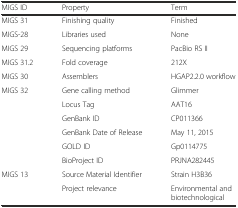
| MIGS ID | Property | Term |
 | --- | --- | --- |
 | MIGS 31 | Finishing quality | Finished |
 | MIGS-28 | Libraries used | None |
 | MIGS 29 | Sequencing platforms | PacBio RS II |
 | MIGS 31.2 | Fold coverage | 212X |
 | MIGS 30 | Assemblers | HGAP2.2.0 workflow |
 | MIGS 32 | Gene calling method | Glimmer |
 |  | Locus Tag | AAT16 |
 |  | GenBank ID | CP011366 |
 |  | GenBank Date of Release | May 11, 2015 |
 |  | GOLD ID | Gp0114775 |
 |  | BioProject ID | PRJNA282445 |
 | MIGS 13 | Source Material Identifier | Strain H3B36 |
 |  | Project relevance | Environmental and biotechnological |